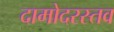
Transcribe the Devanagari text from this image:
दामोदरस्तव